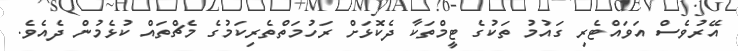
އޭރުވެސް އަވައްޓެރި ގައުމު ތަކުގެ ޓީމްތަކާ ދެކޮޅަށް ރަހުމަތްތެރިކަމުގެ މެޗްތައް ކުޅެމުން ދެއެވެ.